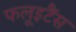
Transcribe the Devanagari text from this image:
फलूइटैंस